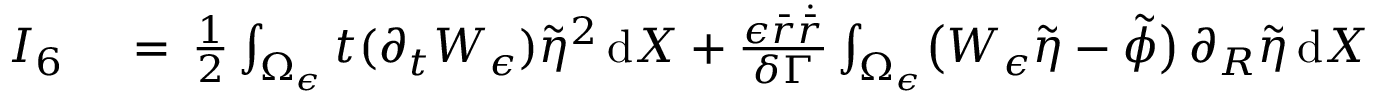
\begin{array} { r l } { I _ { 6 } \, } & { { } = \, \frac 1 2 \int _ { \Omega _ { \epsilon } } t ( \partial _ { t } W _ { \epsilon } ) \tilde { \eta } ^ { 2 } \, \mathrm { d } X + \frac { \epsilon \bar { r } \dot { \bar { r } } } { \delta \Gamma } \int _ { \Omega _ { \epsilon } } \bigl ( W _ { \epsilon } \tilde { \eta } - \tilde { \phi } \bigr ) \, \partial _ { R } \tilde { \eta } \, \mathrm { d } X } \end{array}